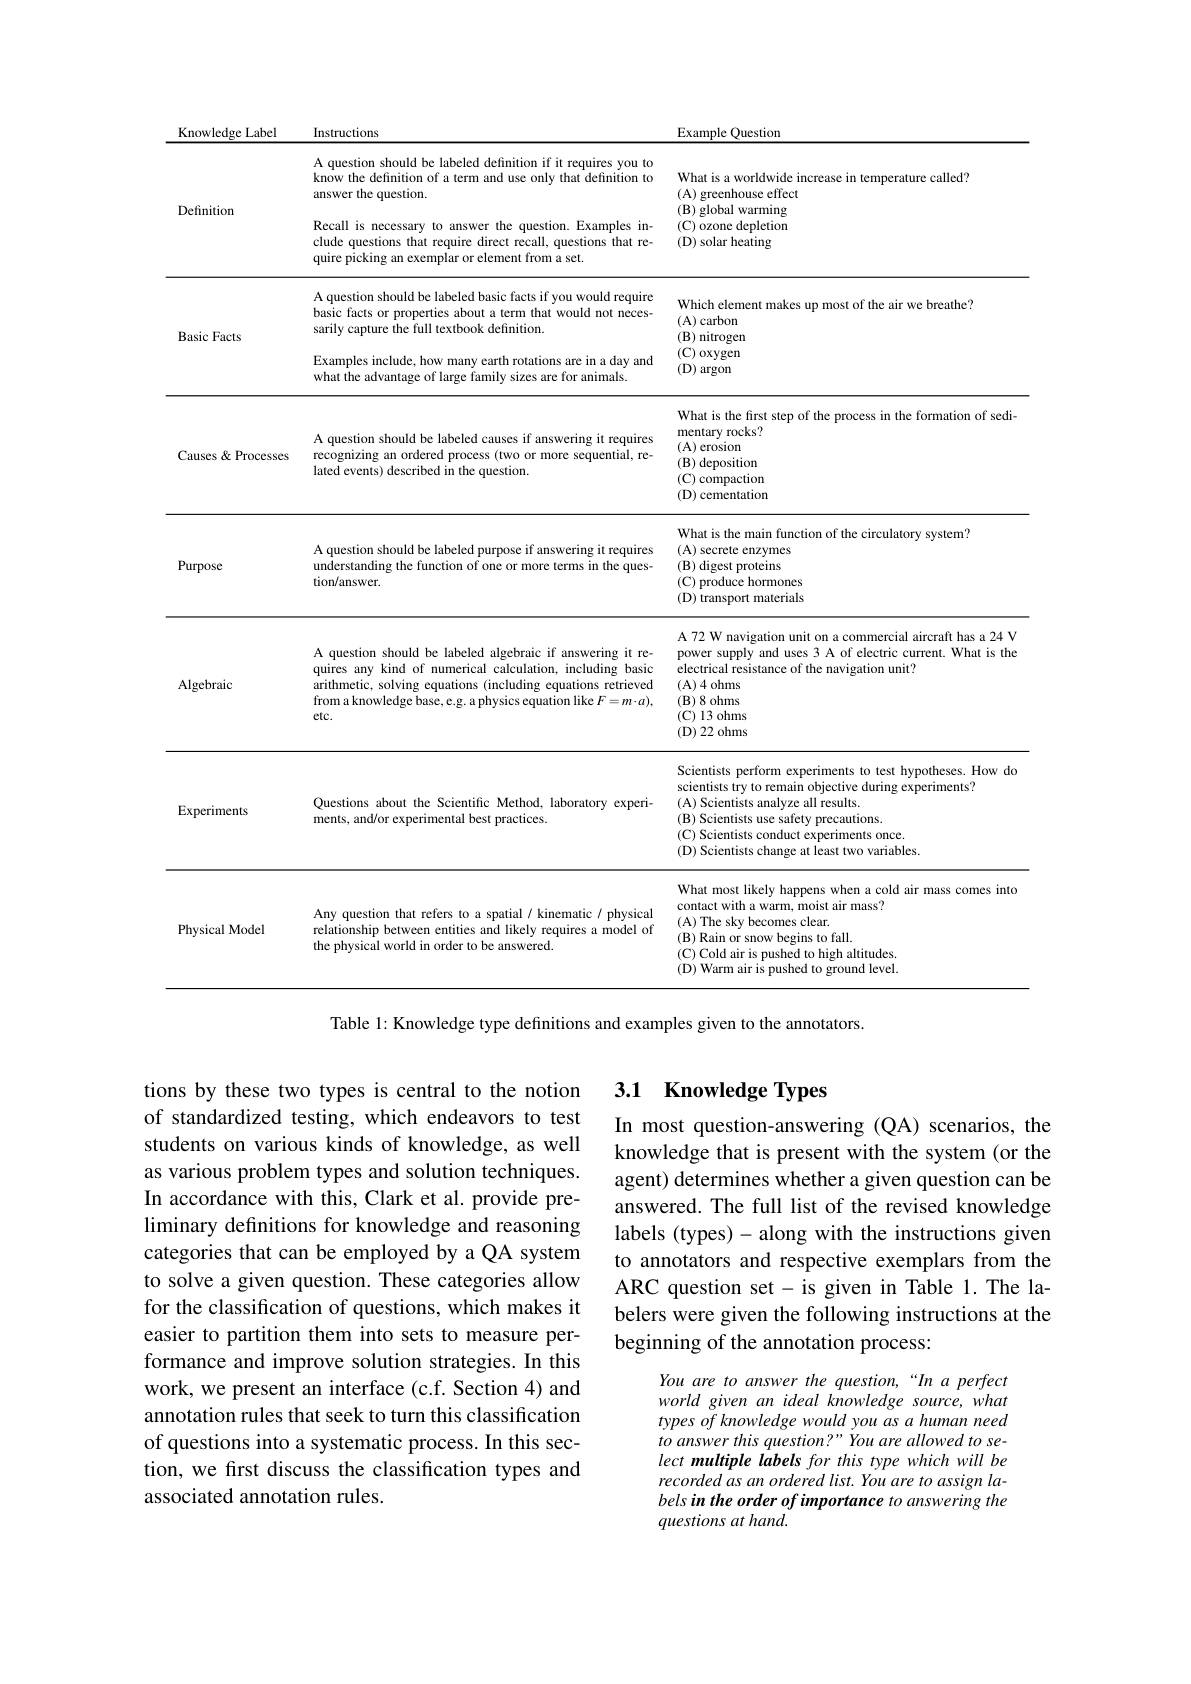
<table>
	<tbody>
		<tr>
			<th>Knowledge Label</th>
			<th>Instructions</th>
			<th>Example Question</th>
		</tr>
		<tr>
			<td rowspan="2">Definition</td>
			<td>A question should be labeled definition if it requires you to know the definition of a term and use only that definition to answer the question.</td>
			<td>What is a worldwide increase in temperature called? (A) greenhouse effect (B) olobal warn</td>
		</tr>
		<tr>
			<td>Recall is necessary to answer the question. Examples in- clude questions that require direct recall, questions that re- quire picking an exemplar or element from a set.</td>
			<td>(C) ozone depletion (D) solar heating</td>
		</tr>
		<tr>
			<td>Basic Facts</td>
			<td>A question should be labeled basic facts if you would require basic facts or properties about a term that would not neces- sarily capture the full textbook definition.</td>
			<td>Which element makes up most of the air we breathe? (A) carbon $(\mathbf{B})$ nitrogen (C$) _\mathrm{~oxvgen}$</td>
		</tr>
		<tr>
			<td> </td>
			<td>Examples include, how many earth rotations are in a day and what the advantage of large family sizes are for animals.</td>
			<td>(C) oxygen $(\mathbf{D})$ argon</td>
		</tr>
		<tr>
			<td>Causes& Processes</td>
			<td>A question should be labeled causes if answering it requires recognizing an ordered process (two or more sequential, re- lated events) described in the question.</td>
			<td>What is the first step of the process in the formation of sedi- mentary rocks? (A) erosion $(\mathbf{B})$ deposition (C) compaction (D) cementation</td>
		</tr>
		<tr>
			<td>Purpose</td>
			<td>A question should be labeled purpose if answering it requires tion/answer. understanding the function of one or more terms in the ques-</td>
			<td>What is the main function of the circulatory system? (A) secrete enzymes $(\mathbf{B})$ digest proteins (C) produce hormones (D) transport materials</td>
		</tr>
		<tr>
			<td>Algebraic</td>
			<td>A question should be labeled algebraic if answering it re- quires any kind of numerical calculation, including basic arithmetic, solving equations (including equations retrieved from a knowledge base, e.g. a physics equation like $F=m\cdot a)$, $etc.$</td>
			<td>A 72 W navigation unit on a commercial aircraft has a 24 V power supply and uses 3 A of electric current. What is the electrical resistance of the navigation unit? (A)4 ohms $( \mathbf{B} )$ 8 ohms (C) 13 ohms (D) 22 ohms</td>
		</tr>
		<tr>
			<td>Experiments</td>
			<td>Questions about the Scientific Method, laboratory experi- ments, and/or experimental best practices.</td>
			<td>Scientists perform experiments to test hypotheses. How do scientists try to remain objective during experiments? (A) Scientists analyze all results. (B) Scientists use safety precautions. (C) Scientists conduct experiments once (D) Scientists change at least two variables.</td>
		</tr>
		<tr>
			<td>Physical Model</td>
			<td>Any question that refers to a spatial/ kinematic/ physical relationship between entities and likely requires a model of the physical world in order to be answered.</td>
			<td>What most likely happens when a cold air mass comes into contact with a warm, moist air mass? (A) The sky becomes clear $(\mathbf{B})$ Rain or snow begins to fall. (C) Cold air is pushed to high altitudes. (D) Warm air is pushed to ground level.</td>
		</tr>
	</tbody>
</table>

Table 1: Knowledge type definitions and examples given to the annotators.

## 3.1 Knowledge Types

In most question-answering (QA) scenarios, the knowledge that is present with the system (or the agent) determines whether a given question can be answered. The full list of the revised knowledge labels (types)- along with the instructions given to annotators and respective exemplars from the ARC question set- is given in Table 1. The labelers were given the following instructions at the beginning of the annotation process:

tions by these two types is central to the notion of standardized testing, which endeavors to test students on various kinds of knowledge, as well as various problem types and solution techniques. In accordance with this, Clark et al. provide preliminary definitions for knowledge and reasoning categories that can be employed by a QA system to solve a given question. These categories allow for the classification of questions, which makes it easier to partition them into sets to measure performance and improve solution strategies. In this work, we present an interface (c.f. Section 4) and annotation rules that seek to turn this classification of questions into a systematic process. In this section, we first discuss the classification types and associated annotation rules.

You are to answer the question,“In a perfect world given an ideal knowledge source, what types of knowledge would you as a human need to answer this question?" You are allowed to select multiple labels for this type which will be recorded as an ordered list. You are to assign labels in the order of importance to answering the questions at hand.